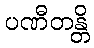
ပဏီတန္တိ